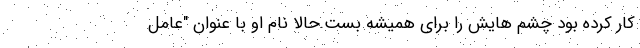
کار کرده بود چشم هایش را برای همیشه بست.حالا نام او با عنوان "عامل